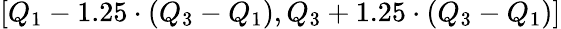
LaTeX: [Q_{1}-1.25\cdot(Q_{3}-Q_{1}),Q_{3}+1.25\cdot(Q_{3}-Q_{1})]